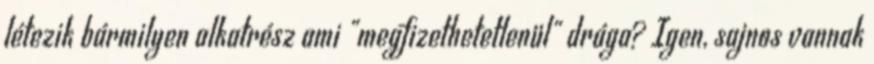
létezik bármilyen alkatrész ami "megfizethetetlenül" drága? Igen, sajnos vannak